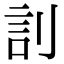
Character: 䚯